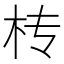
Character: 𣏢